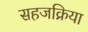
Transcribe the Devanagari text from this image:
सहजक्रिया